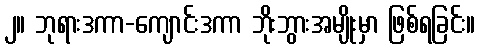
၂။ ဘုရားဒကာ-ကျောင်းဒကာ ဘိုးဘွားအမျိုးမှာ ဖြစ်ရခြင်း။